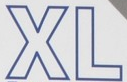
XL